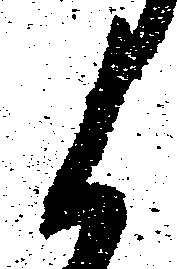
候